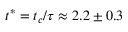
{ t ^ { * } } = { t _ { c } } / \tau \approx 2 . 2 \pm 0 . 3